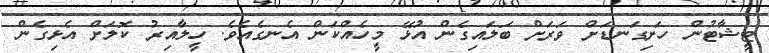
ޓީޝާޓުން ހަށިގަނޑަށް ވަރަށް ބަލައިގެން އުޅޭ މީހެއްކަން އެނގެއެވެ. ހީލާއިރު ކޮލަށް އެޅިގެން